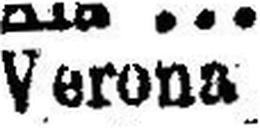
Verona